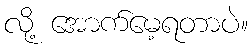
လို့ အောက်မေ့ရတာပဲ။